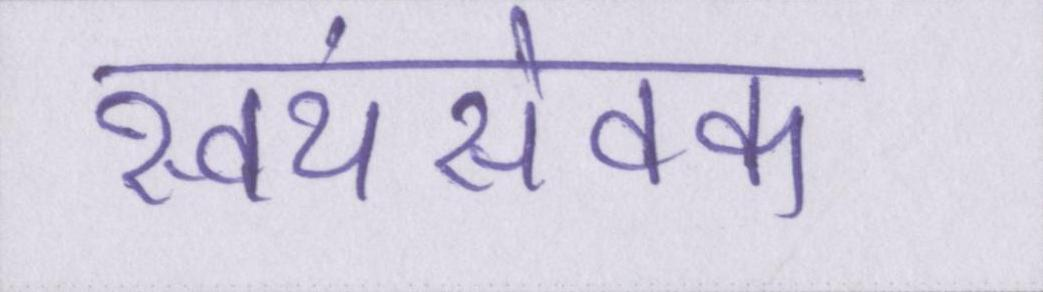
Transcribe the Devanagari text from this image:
स्वयंसेवक